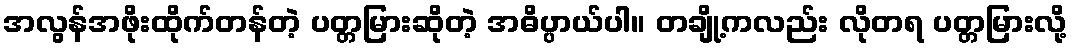
အလွန်အဖိုးထိုက်တန်တဲ့ ပတ္တမြားဆိုတဲ့ အဓိပ္ပာယ်ပါ။ တချို့ကလည်း လိုတရ ပတ္တမြားလို့